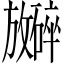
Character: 𪯞